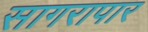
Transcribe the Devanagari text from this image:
सागरापार